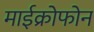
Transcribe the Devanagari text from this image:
माईक्रोफोन